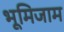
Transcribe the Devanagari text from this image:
भूमिजाम